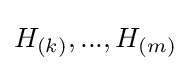
H_{(k)},...,H_{(m)}